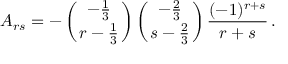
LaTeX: A _ { r s } = - \left( { - { \frac { 1 } { 3 } } \atop { r - { \frac { 1 } { 3 } } } } \right) \left( { - { \frac { 2 } { 3 } } \atop { s - { \frac { 2 } { 3 } } } } \right) { \frac { ( - 1 ) ^ { r + s } } { r + s } } \, .